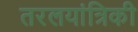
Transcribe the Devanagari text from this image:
तरलयांत्रिकी